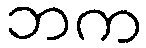
ဘက